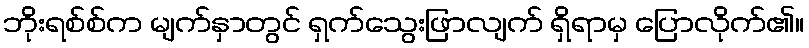
ဘိုးရစ်စ်က မျက်နှာတွင် ရှက်သွေးဖြာလျက် ရှိရာမှ ပြောလိုက်၏။